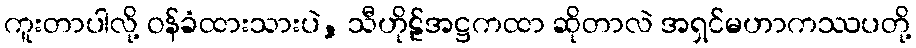
ကူးတာပါလို့ ဝန်ခံထားသားပဲ, သီဟိုဠ်အဋ္ဌကထာ ဆိုတာလဲ အရှင်မဟာကဿပတို့